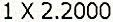
1 X 2.2000